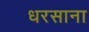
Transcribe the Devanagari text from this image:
धरसाना